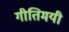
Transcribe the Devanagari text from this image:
गीतिमयी